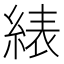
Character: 𬗠